system: You are a helpful assistant.
user:
Analyze the provided spectrum to determine if it is a **M-type Giant (gM)**.

A M-type Giant spectrum is defined by its **strong molecular absorption** features, particularly from **Titanium Oxide (TiO)**. You must check for one of the following mutually exclusive signatures:

- **Key Visual Indicators (Absorption-Dominated Spectrum):**

    - **(Primary):** The spectrum is dominated by strong molecular absorption from **Titanium Oxide (TiO)**. This is the **defining feature** of its M-type temperature class.
        - **(Key Bandheads):** Look for sharp, "saw-tooth" absorption valleys. The strongest are located near **~7050 Å**, **~6160 Å**, and **~5170 Å**.
        - **(Line Profile):** The "saw-tooth" morphology is critical: a **sharp, steep drop on the BLUE (short-wavelength) side** of the bandhead, followed by a gradual recovery (rising flux) towards the RED (long-wavelength) side.

    - **(Key Confirmation - Giant vs. Dwarf):** **ABSENCE** of strong **Calcium Hydride (CaH)** molecular bands. This is the primary diagnostic for *excluding* M-dwarfs.
        - **(Key Region):** The spectrum should lack the strong, broad absorption band seen in dwarfs between **~6800 Å and ~7000 Å**.

    - **(Secondary Confirmation - Giant):** A very strong and broad **Neutral Calcium (Ca I)** atomic absorption line.
        - **(Key Line):** Located at **~4226 Å**. In a giant (gM), this line is significantly deeper and broader than the same line in an M-dwarf (dM) due to low surface gravity.

    - **(Overall Spectrum):**
        - The continuum is **extremely red-sloping** (i.e., flux is very low in the blue and rises dramatically towards the red).
        - The entire spectrum appears "chopped up" by the deep TiO bands.

Think first, call **spectral_visualization_tool** if needed to examine features in detail, then provide your final answer. Your response must adhere to the following strict rules:
1.  **Overall Structure:** Your response must follow the format `<think>...</think> <tool_call>...</tool_call> (if a tool is used) <answer>...</answer>`.
2.  **Tool Usage Constraint:** You may only make **one** tool call per turn.
3.  **Final Answer Format:** In the `<answer>` tag, your conclusion must be inside a `\boxed{}` command (e.g., `\boxed{YES}` or `\boxed{NO}`), followed by your justification.

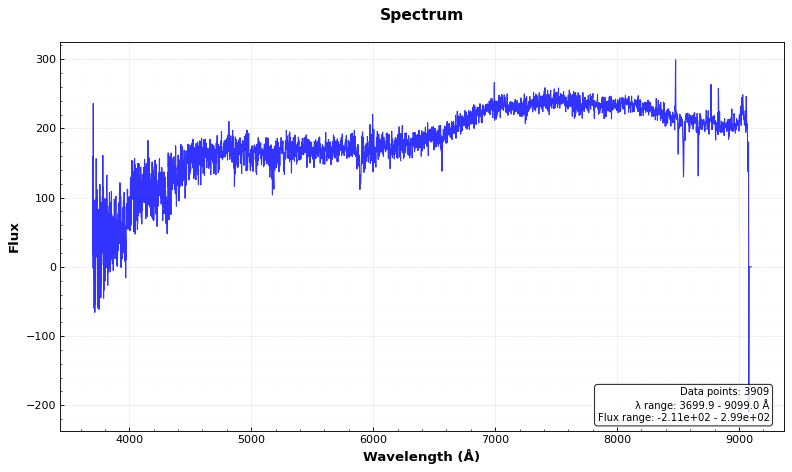
Answer: NO